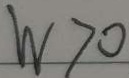
W > 0